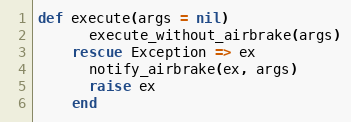
Language: Ruby
def execute(args = nil)
      execute_without_airbrake(args)
    rescue Exception => ex
      notify_airbrake(ex, args)
      raise ex
    end